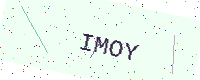
Text: IMOY